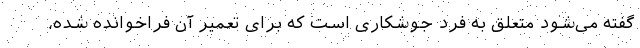
گفته می‌شود متعلق به فرد جوشکاری است که برای تعمیر آن فراخوانده شده،